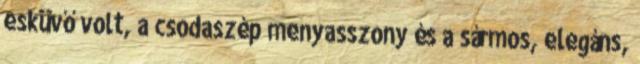
esküvő volt, a csodaszép menyasszony és a sármos, elegáns,